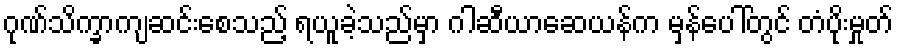
ဂုဏ်သိက္ခာကျဆင်းစေသည့် ရယူခဲ့သည်မှာ ဂါဆီယာဆေယန်က မှန်ပေါ်တွင် တံပိုးမှုတ်